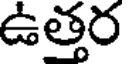
ఉత్తర